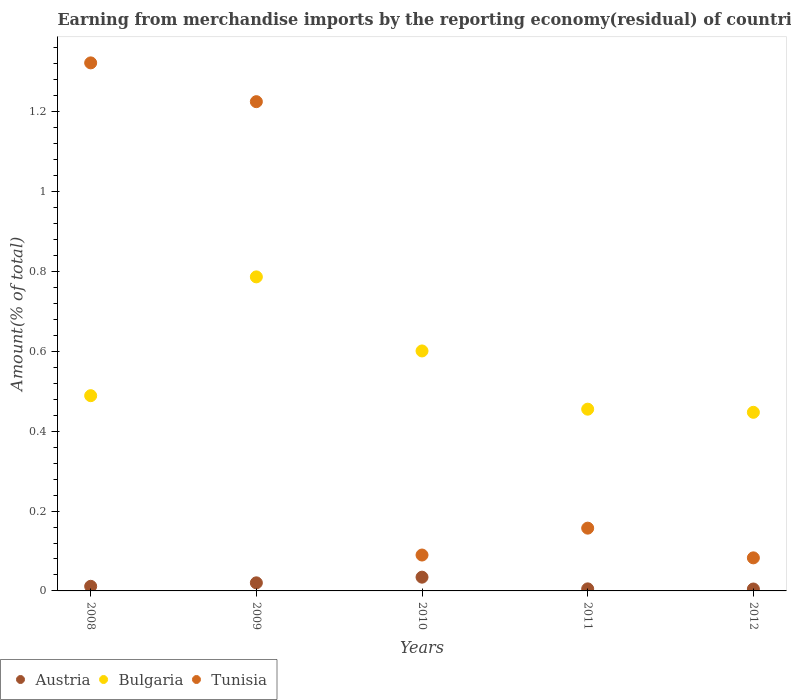
| Years | Austria | Bulgaria | Tunisia |
 | --- | --- | --- | --- |
 | 2008 | 0.0115 | 0.489 | 1.32 |
 | 2009 | 0.0203 | 0.787 | 1.23 |
 | 2010 | 0.0344 | 0.601 | 0.0899 |
 | 2011 | 0.00515 | 0.455 | 0.157 |
 | 2012 | 0.0048 | 0.447 | 0.0828 |